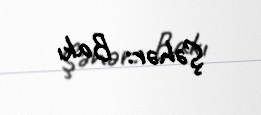
Şəhər: Bakı